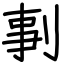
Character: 剚